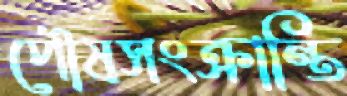
পৌষসংক্রান্তি